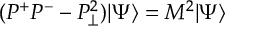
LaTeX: ( P ^ { + } P ^ { - } - P _ { \! \perp } ^ { 2 } ) \vert \Psi \rangle = M ^ { 2 } \vert \Psi \rangle